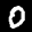
Label: 0